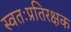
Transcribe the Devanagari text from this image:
स्वतःप्रतिरक्षक